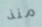
منذ